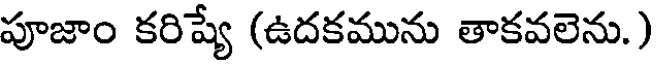
పూజాం కరిష్యే (ఉదకమును తాకవలెను.)